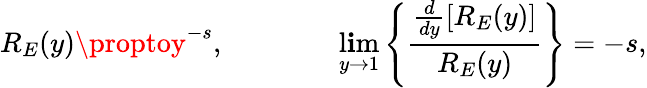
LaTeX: R_{E}(y)\proptoy^{-s},~~~~~~~~~~~~~~~~\operatorname*{l\mathbf{i}m}_{y\rightarrow1}\left\{ \frac{{\frac{{d}}{{dy}}\left[R_{E}(y)\right]}}{{R_{E}(y)}}\right\} =-s,